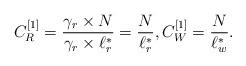
LaTeX: \begin{align*} C_R^{[1]}&=\frac{\gamma_r\times N}{\gamma_r\times \ell_r^*}=\frac{N}{\ell_r^*}, C_W^{[1]}=\frac{N}{\ell_w^*}.\end{align*}